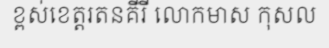
ខ្ពស់ខេត្តរតនគីរី លោកមាស កុសល